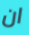
ان